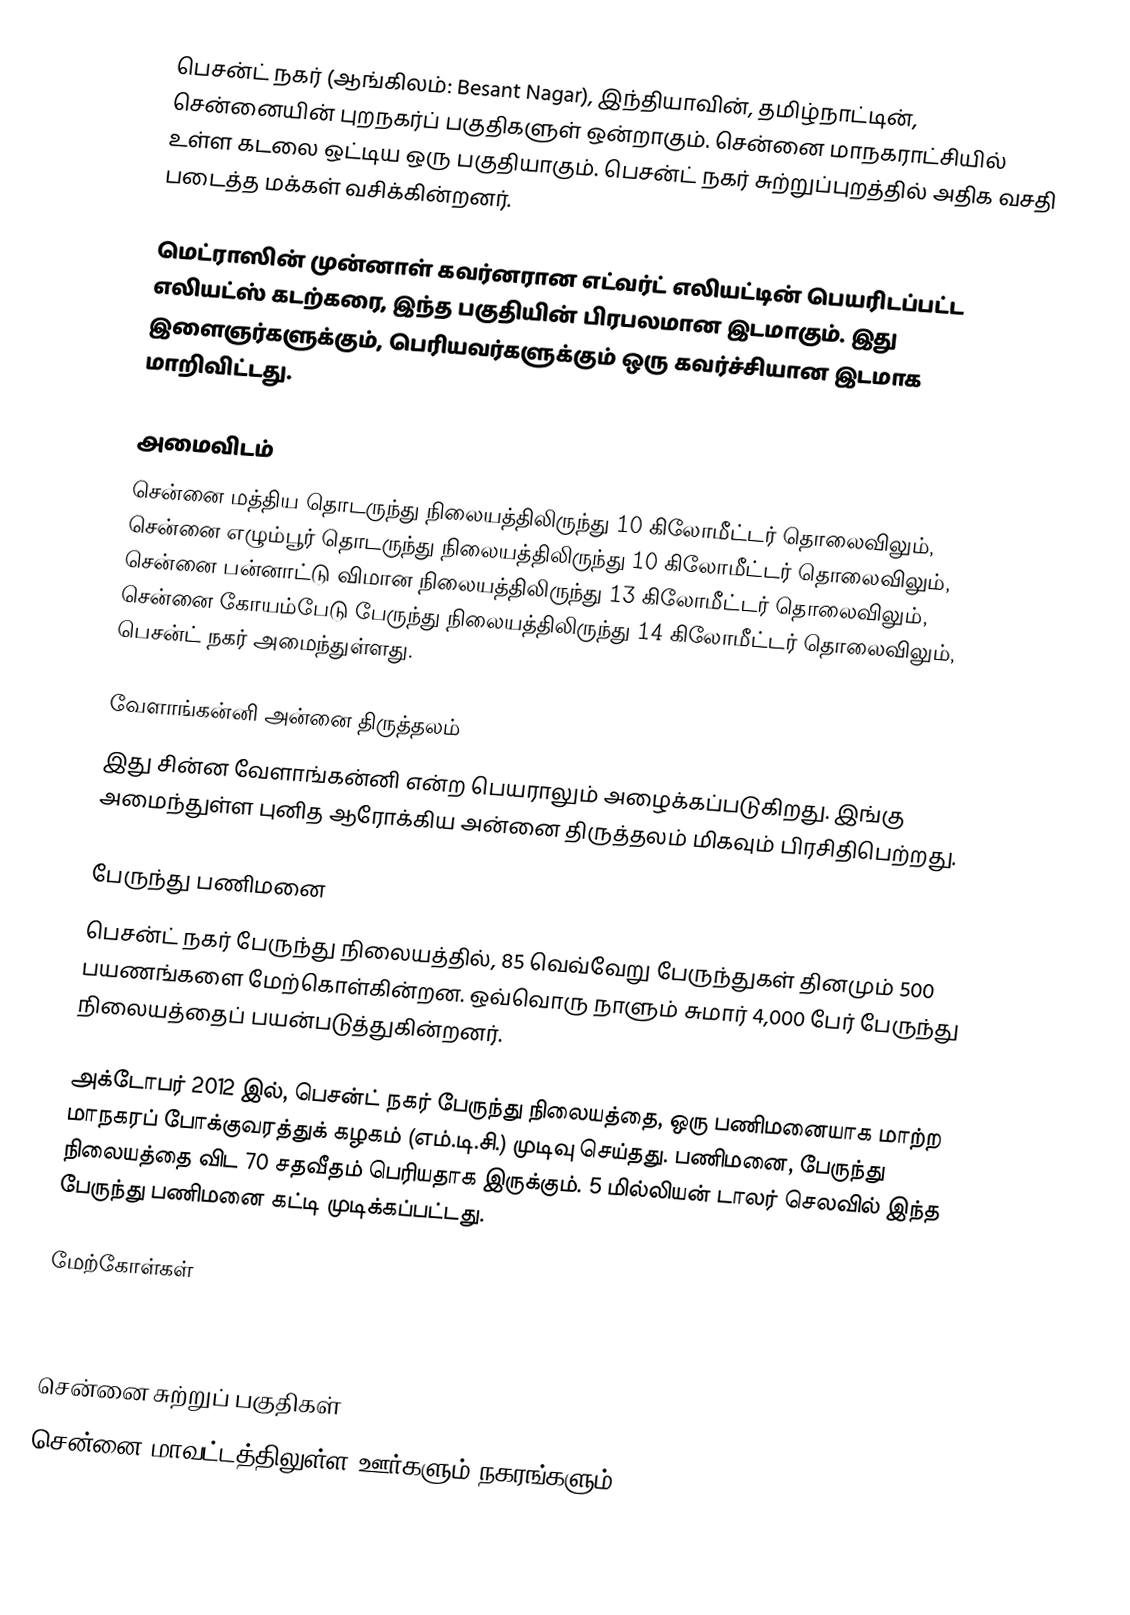
பெசன்ட் நகர் (ஆங்கிலம்: Besant Nagar), இந்தியாவின், தமிழ்நாட்டின், சென்னையின் புறநகர்ப் பகுதிகளுள் ஒன்றாகும். சென்னை மாநகராட்சியில் உள்ள கடலை ஒட்டிய ஒரு பகுதியாகும். பெசன்ட் நகர் சுற்றுப்புறத்தில் அதிக வசதி படைத்த மக்கள் வசிக்கின்றனர்.

மெட்ராஸின் முன்னாள் கவர்னரான எட்வர்ட் எலியட்டின் பெயரிடப்பட்ட எலியட்ஸ் கடற்கரை, இந்த பகுதியின் பிரபலமான இடமாகும். இது இளைஞர்களுக்கும், பெரியவர்களுக்கும் ஒரு கவர்ச்சியான இடமாக மாறிவிட்டது.

அமைவிடம்
சென்னை மத்திய தொடருந்து நிலையத்திலிருந்து 10 கிலோமீட்டர் தொலைவிலும், சென்னை எழும்பூர் தொடருந்து நிலையத்திலிருந்து 10 கிலோமீட்டர் தொலைவிலும், சென்னை பன்னாட்டு விமான நிலையத்திலிருந்து 13 கிலோமீட்டர் தொலைவிலும், சென்னை கோயம்பேடு பேருந்து நிலையத்திலிருந்து 14 கிலோமீட்டர் தொலைவிலும், பெசன்ட் நகர் அமைந்துள்ளது.

வேளாங்கன்னி அன்னை திருத்தலம்
இது சின்ன வேளாங்கன்னி என்ற பெயராலும் அழைக்கப்படுகிறது. இங்கு அமைந்துள்ள புனித ஆரோக்கிய அன்னை திருத்தலம் மிகவும் பிரசிதிபெற்றது.

பேருந்து பணிமனை
பெசன்ட் நகர் பேருந்து நிலையத்தில், 85 வெவ்வேறு பேருந்துகள் தினமும் 500 பயணங்களை மேற்கொள்கின்றன. ஒவ்வொரு நாளும் சுமார் 4,000 பேர் பேருந்து நிலையத்தைப் பயன்படுத்துகின்றனர்.

அக்டோபர் 2012 இல், பெசன்ட் நகர் பேருந்து நிலையத்தை, ஒரு பணிமனையாக மாற்ற மாநகரப் போக்குவரத்துக் கழகம் (எம்.டி.சி.) முடிவு செய்தது. பணிமனை, பேருந்து நிலையத்தை விட 70 சதவீதம் பெரியதாக இருக்கும். 5 மில்லியன் டாலர் செலவில் இந்த பேருந்து பணிமனை கட்டி முடிக்கப்பட்டது.

மேற்கோள்கள்



சென்னை சுற்றுப் பகுதிகள்
சென்னை மாவட்டத்திலுள்ள ஊர்களும் நகரங்களும்